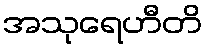
အသုရေဟီတိ